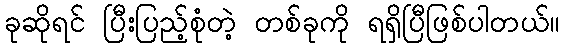
ခုဆိုရင် ပြီးပြည့်စုံတဲ့ တစ်ခုကို ရရှိပြီဖြစ်ပါတယ်။